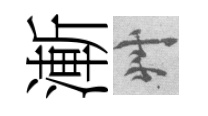
漸艸